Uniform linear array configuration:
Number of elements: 4
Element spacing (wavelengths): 1
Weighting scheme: hamming
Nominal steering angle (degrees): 15
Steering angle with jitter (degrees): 14.127
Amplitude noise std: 0.05
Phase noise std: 0.05

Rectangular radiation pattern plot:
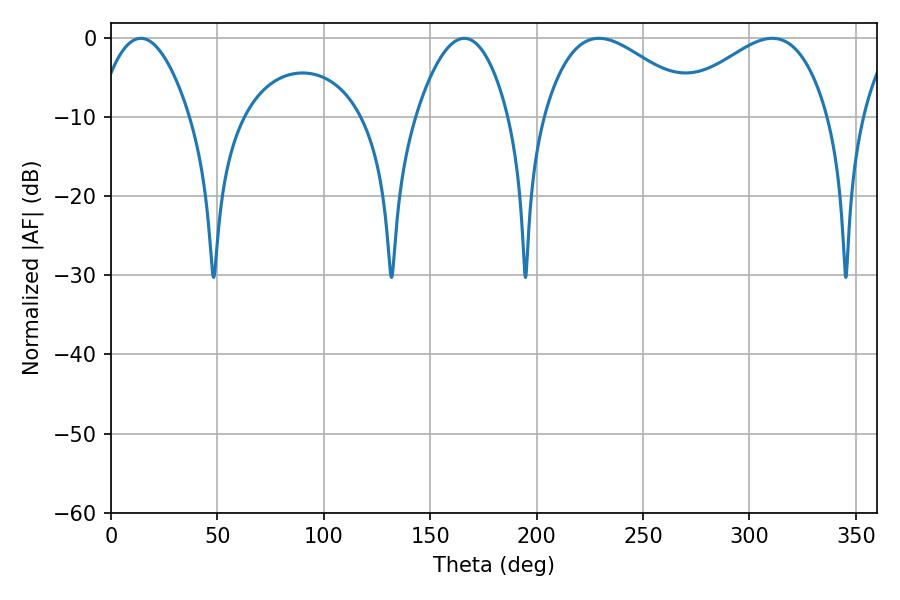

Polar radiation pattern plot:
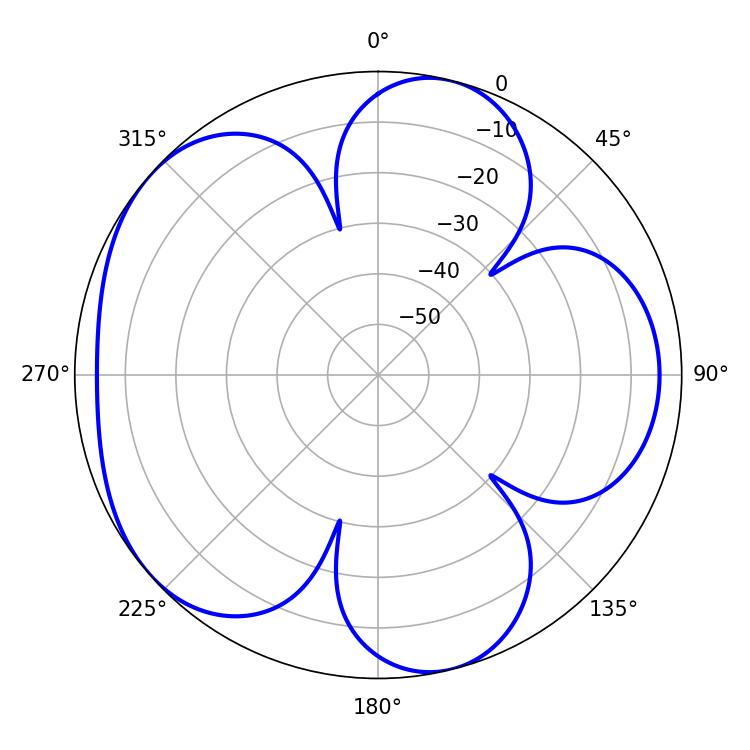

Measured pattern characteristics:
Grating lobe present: TRUE
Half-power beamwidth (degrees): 39.78
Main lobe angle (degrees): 229.32